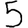
Digit: 5